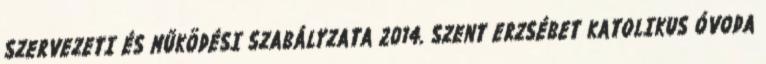
SZERVEZETI ÉS MŰKÖDÉSI SZABÁLYZATA 2014. SZENT ERZSÉBET KATOLIKUS ÓVODA